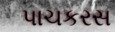
પાચકરસ